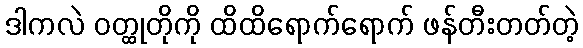
ဒါကလဲ ဝတ္ထုတိုကို ထိထိရောက်ရောက် ဖန်တီးတတ်တဲ့